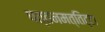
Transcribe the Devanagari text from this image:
पत्तनमत्तिट्टा